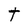
Character: t